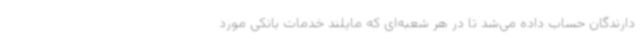
دارندگان حساب داده می‌شد تا در هر شعبه‌ای که مایلند خدمات بانکی مورد